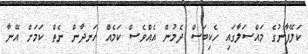
ކަލޭފާނުގެ މައްސަލާގައި ހެކިބަސް ދެމުން އެއްވެސް ކަމެއް ހަނދާން ނެތް ކަމަށް އޭނާ